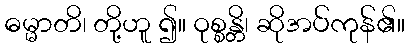
ဓမ္မာတိ၊ တို့ဟူ ၍။ ဝုစ္စန္တိ၊ ဆိုအပ်ကုန်၏။